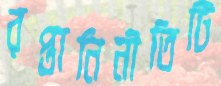
রপ্তানিনীতিটি